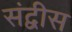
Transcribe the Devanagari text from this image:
संद्वीस